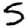
Digit: 5